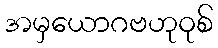
အမှယောဂဗဟုဝုစ်